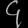
Digit: ၄